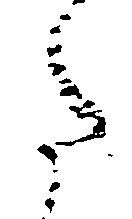
た